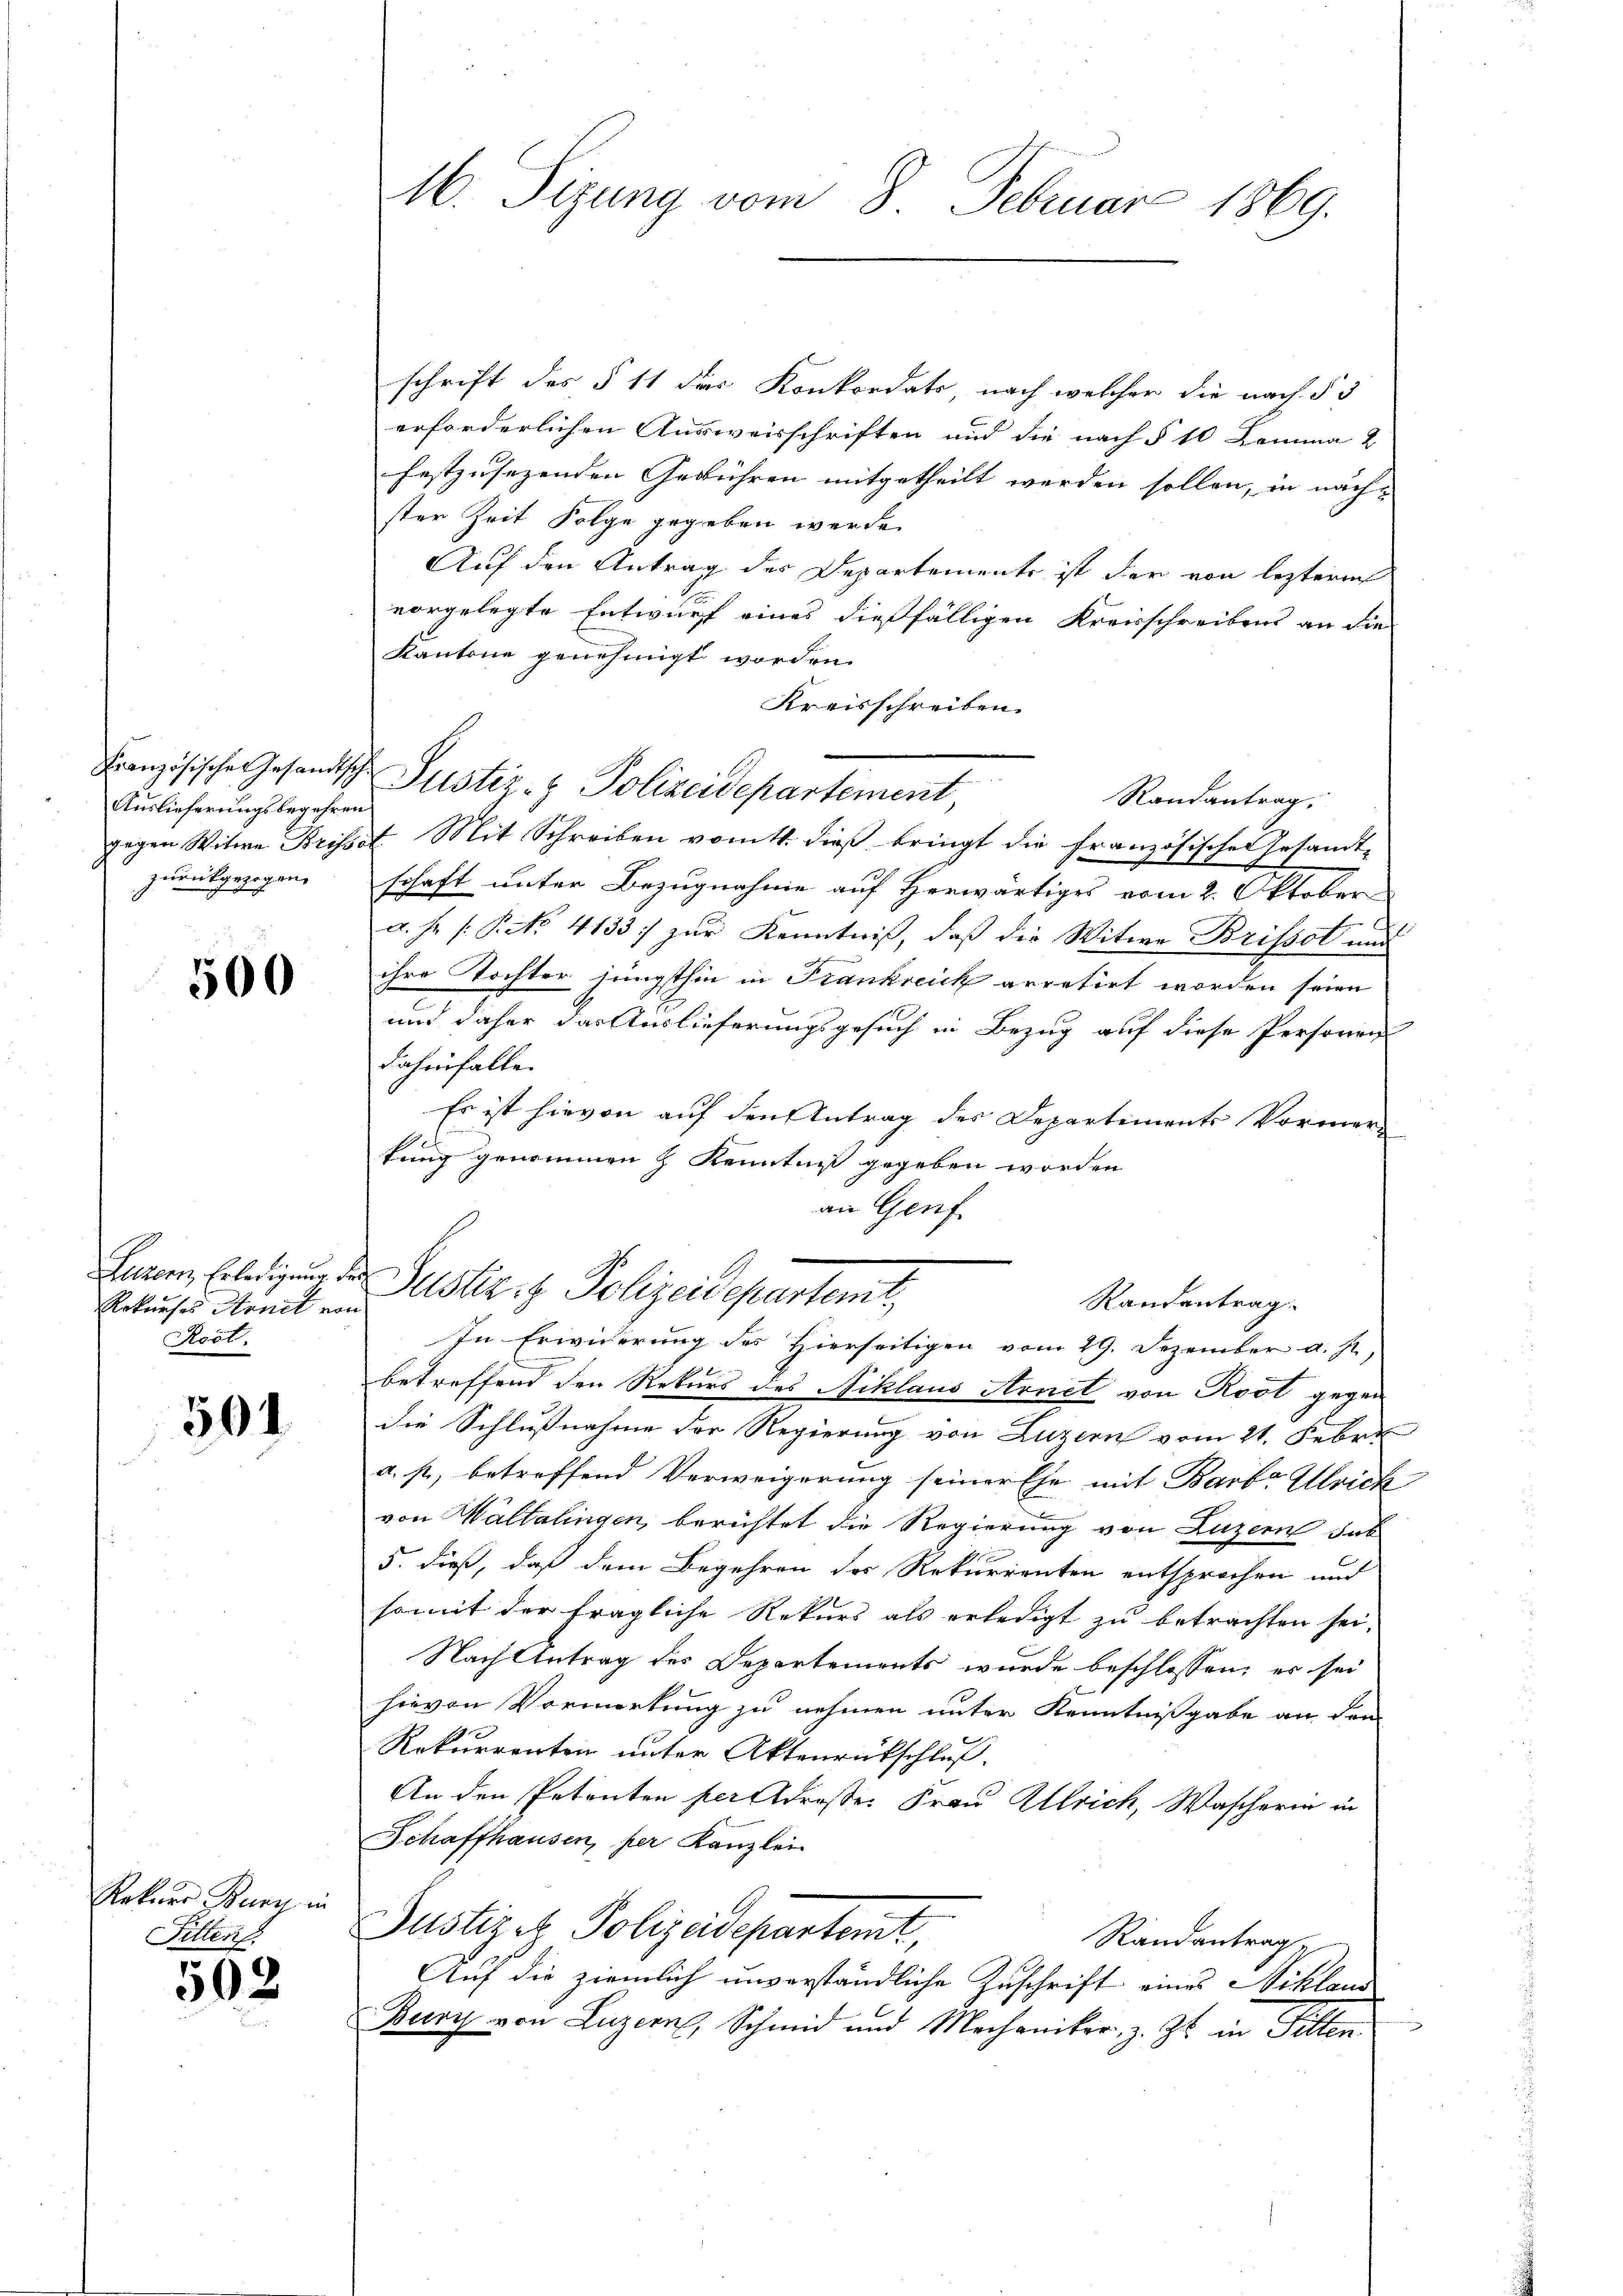
Auslieferungsbegehren
zurückgezogen.

500

Rekurses Arnet von
Rest.

504

Rekurs Burg in
Fitten.

502

16. Sizung vom 8. Februar 1869.

schrift des § 11 des Konkordats, nach welcher die nach § 3
erforderlichen Ausweisschriften und die nach § 10 Lomma 2
festzusezenden Gebühren mitgetheilt werden sollen, in näch-
ster Zeit Folge gegeben werde.
Auf den Antrag des Departemente ist der von leztere
vorgelegte Entwurf eines dießfälligen Kreisschreibens an die
Kantone genehmigt worden.
Kreisschreiben.
Französische Gesandtsche Justiz- & Polizeidepartement
Randantrag.
gegen Witwe Brisset. Mit Schreiben vom 11. dieß bringt die französischen Gesandt-
schaft unter Bezugnahme auf Herwärtiges vom 2. Oktober
a. Hr. P. No. 4133 :/ zur Kenntniß, daß die Witwe Brissot und
ihre Tochter jüngsthin in Frankreich arretirt worden seien
und daher das Auslieferungsgesuch in Bezug auf diese Personen
dahinfalle.
Es ist hievon auf den Antrag des Departements Vormerkung genommen z Kenntniß gegeben worden
an Genf.
Luzern, Erledigung der Justiz & Polizeidepartemt,
Randantrag.
In Erwiderung des Hierseitigen vom 29. Dezember d. J.,
betreffend den Rekurs des Niklaus Arnet von Rost gegen
die Schlußnahme der Regierung von Luzern vom 21. Febr.
a. p., betreffend Verweigerung seiner Ehe mit Barb. Ulrich
von Waltalingen, berichtet die Regierung von Luzern dab
5. dieß, daß dem Begehren des Rekurrenten entsprochen und
somit der fragliche Rekurs als erledigt zu betrachten sei.
Nach Antrag des Departements wurde beschlossen; es sei
hievon Vormerkung zu nehmen unter Kenntnißgabe an dem
Rekurrenten unter Aktenrückschluß
An den Petenten perdroße Frau Ulrich, Wascherin in
Schaffhausen, per Kanzlei
Justizetz Polizeidepartemt,
Randantrag
Auf die ziemlich unverständliche Zuschrift eines Niklaus
Bury von Luzern, Schmid und Mechaniker, z. Zt. in Sitten